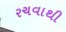
રચવાથી